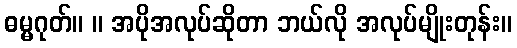
ဓမ္မဂုတ်။ ။ အပိုအလုပ်ဆိုတာ ဘယ်လို အလုပ်မျိုးတုန်း။